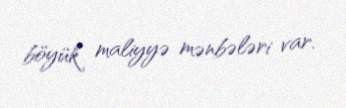
böyük maliyyə mənbələri var.